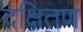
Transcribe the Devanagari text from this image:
दक्षितण